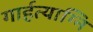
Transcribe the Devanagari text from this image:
गार्हत्याग्नि